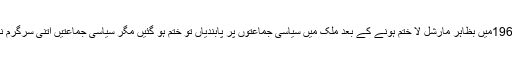
گو کہ 1962میں بظاہر مارشل لا ختم ہونے کے بعد ملک میں سیاسی جماعتوں پر پابندیاں تو ختم ہو گئیں مگر سیاسی جماعتیں اتنی سرگرم نہیں تھیں۔